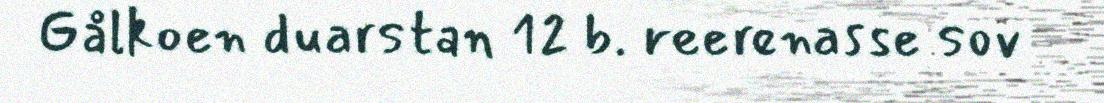
Gålkoen duarstan 12 b. reerenasse sov